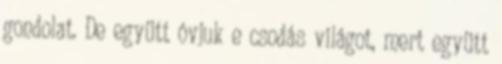
gondolat. De együtt óvjuk e csodás világot, mert együtt